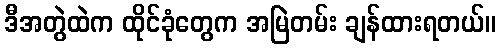
ဒီအတွဲထဲက ထိုင်ခုံတွေက အမြဲတမ်း ချန်ထားရတယ်။